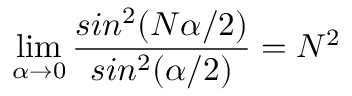
\operatorname* { l i m } _ { \alpha \rightarrow 0 } \frac { s i n ^ { 2 } ( N \alpha / 2 ) } { s i n ^ { 2 } ( \alpha / 2 ) } = N ^ { 2 }